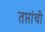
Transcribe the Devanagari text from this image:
तप्तांची